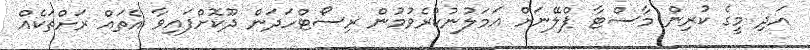
އަދި މީގެ ކުރިން މާސްޓާ ޕްލޭނަށް އަމަލުނުކުރެވުމުން ރިސޯޓްހަދަން ދޫކޮށްފައިވާ އެތައް ރަށްތަކެއް